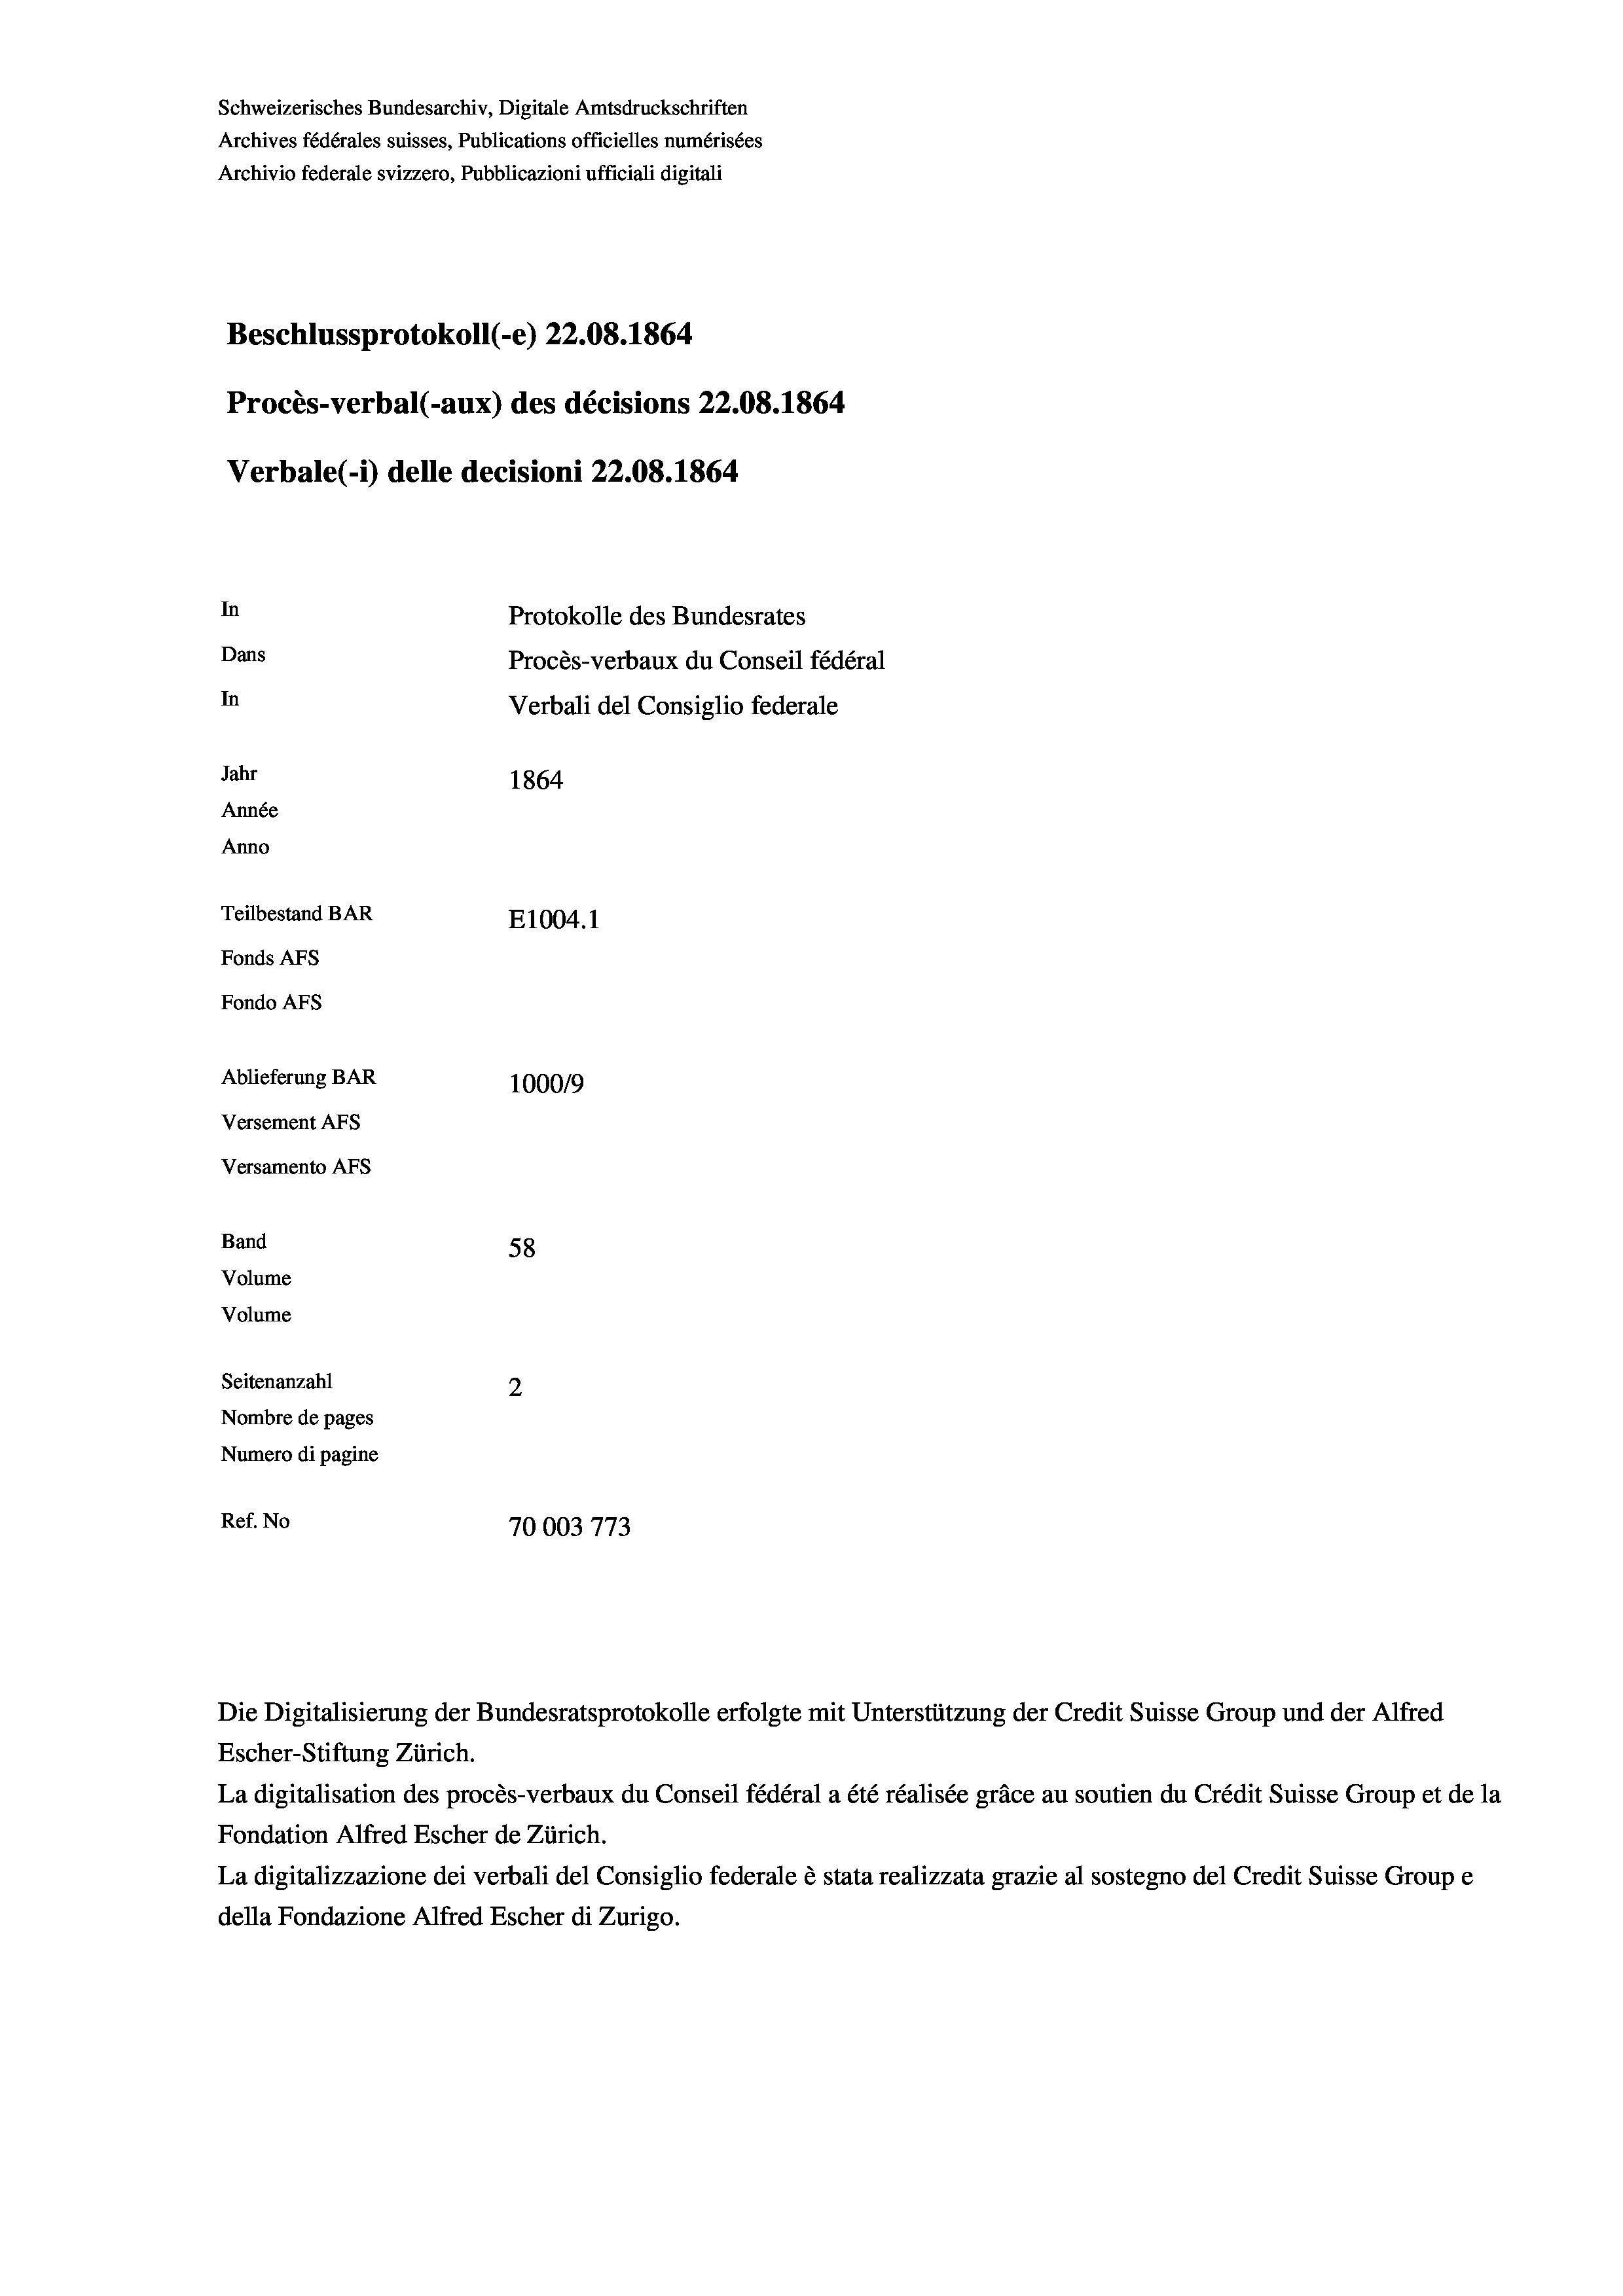
Schweizerisches Bundesarchiv, Digitale Amtsdruckschriften
Archives fédérales suisses, Publications officielles numérisées
Archivio federale svizzero, Pubblicazioni ufficiali digitali
Beschlussprotokoll (-e) 22.08. 1864
Procès-verbal (-aux) des décisions 22.08. 1864
Verbale (i) delle decisioni 22.08. 1864
In
Protokolle des Bundesrates
Dans
Procès-verbaux du Conseil fédéral
In
Verbali del Consiglio federale
Jahr
1864
Année
Anno
Teilbestand BAR
E1004. 1
Fonds AFs
Fondo AFs

100019
58
2
Nombre de pages
Numero di pagine
Ref. No
70003773

Ablieferung BAR
Versement AFS
Versamento AFs
Band
Volume
Volume
Seitenanzahl

Die Digitalisierung der Bundesratsprotokolle erfolgte mit Unterstützung der Credit Suisse Group und der Alfred

Escher-Stiftung Zürich.
La digitalisation des procès-verbaux du Conseil fédéral a été réalisée gräce au soutien du Crédit Suisse Group et de la
Fondation Alfred Escher de Zürich.
La digitalizzazione dei verbali del Consiglio federale è stata realizzata grazie al sostegno del Credit Suisse Groupe
della Fondazione Alfred Escher di Zurigo.